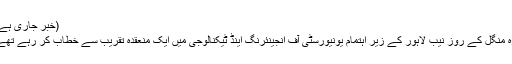
(خبر جاری ہے)
وہ منگل کے روز نیب لاہور کے زیر اہتمام یونیورسٹی آف انجینئرنگ اینڈ ٹیکنالوجی میں ایک منعقدہ تقریب سے خطاب کر رہے تھے۔